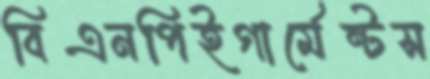
বিএনপিইগার্মেন্টস